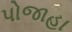
પોજાહા